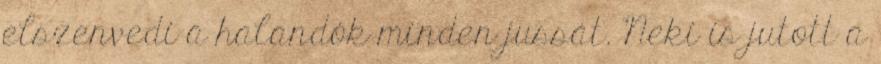
elszenvedi a halandók minden jussát. Neki is jutott a